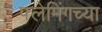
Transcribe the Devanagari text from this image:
फ्लेमिंगच्या